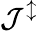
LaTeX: \mathcal{J}^{\updownarrow}